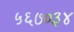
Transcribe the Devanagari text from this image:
५६७०३४